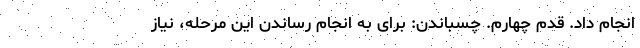
انجام داد. قدم چهارم. چسباندن: برای به انجام رساندن این مرحله، نیاز